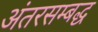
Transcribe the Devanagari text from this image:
अंतरसम्बद्ध